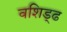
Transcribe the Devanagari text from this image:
वशिड्ढ